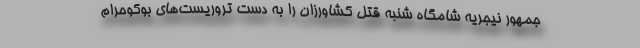
جمهور نیجریه شامگاه شنبه قتل کشاورزان را به دست تروریست‌های بوکوحرام